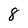
Character: 8